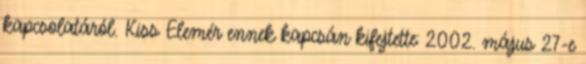
kapcsolatáról. Kiss Elemér ennek kapcsán kifejtette: 2002. május 27-e